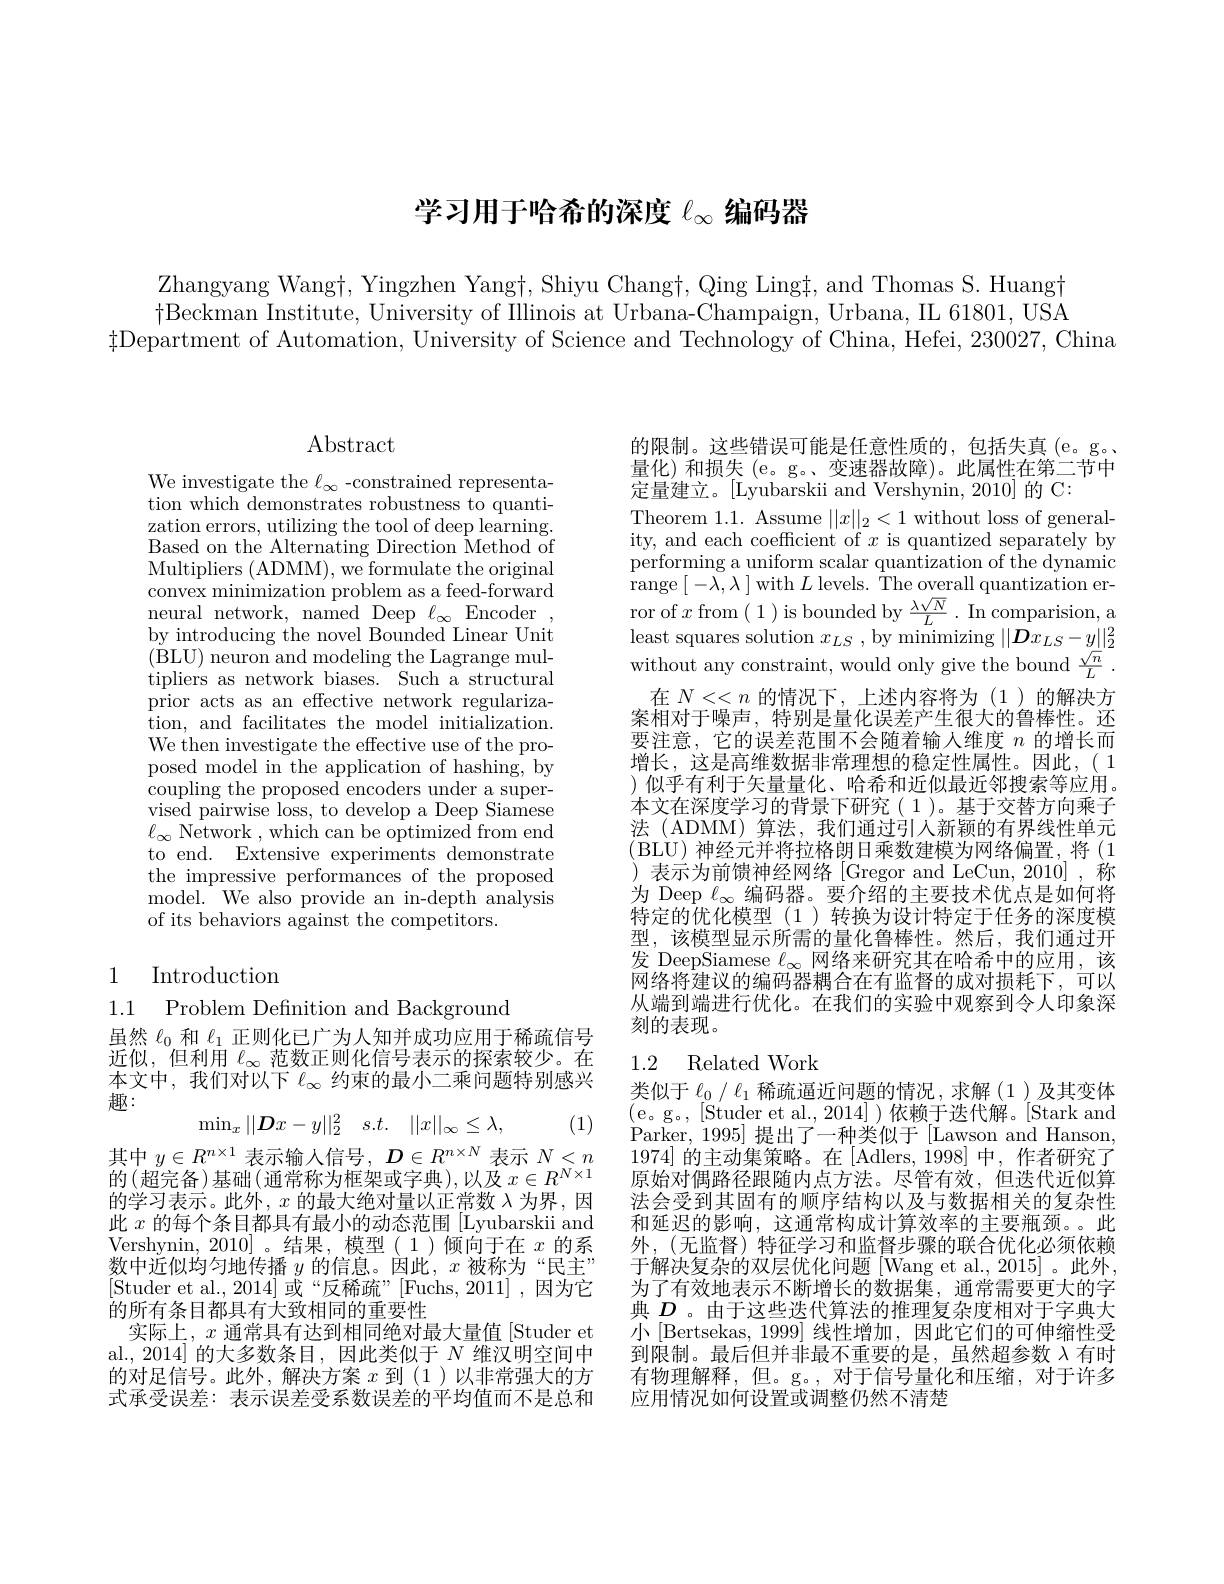
# 学习用于哈希的深度$\ell_\infty$编码器

Zhangyang Wangt, Yingzhen Yangt, Shiyu Changt, Qing Ling#, and Thomas S. Huangt $\dagger$Beckman Institute, University of Illinois at Urbana-Champaign, Urbana, IIL 61801, USA
$\sharp$Department of Automation, University of Science and Technology of China, Hefei, 230027, China

$\operatorname{Abstract}$

We investigate the $\ell_\infty$-constrained representation which demonstrates robustness to quantization errors, utilizing the tool of deep learning. Based on the Alternating Direction $\hat{\mathrmMethod of}$ Multipliers ( ADMM) , we formulate the original convex minimization problem as a feed-forward neural network, named Deep $\ell_{\infty}$ Encoder by introducing the novel Bounded Linear Unit (BLU) neuron and modeling the Lagrange multipliers as network biases. Such a structural prior acts as an effective network regularization, and facilitates the model initialization We then investigate the effective use of the proposed model in the application of hashing, by coupling the proposed encoders under a supervised pairwise loss, to develop a Deep Siamese $\ell_{\infty}$ Network , which can be optimized from end to end. Extensive experiments demonstrate the impressive performances of the proposed model. We also provide an in-depth analysis of its behaviors against the competitors.

## 1 Introduction

1.1

Problem Definition and Background

虽然$\ell_0$和$\ell_1$正则化已广为人知并成功应用于稀疏信号近似，但利用$\ell_\infty$范数正则化信号表示的探索较少。在本文中，我们对以下$\ell_\infty$约束的最小二乘问题特别感兴趣：
$$\min_x||\boldsymbol{D}x-y||_2^2\quad s.t.\quad||x||_\infty\leq\lambda,$$
(1)

其中$y\in R^{n\times1}$表示输入信号，$D\in R^{n\times N}$表示$N<n$ 共 计 算 $y\subset 1$,权 小 物 人 口 子 $, \boldsymbol{D}\subset n$ 的 $( 超 完 备 ) 基 础 ( 通 常 称 为 框 架 或 字 典 ) , 以 及 x\in R^{N\times 1}$ 的 (超 完 备 )基 础 (通 常 称 为 框 架 或 字 典 ),以 及 $x\in R^{N\times 1}$ 的学习表示。此外，$x$的最大绝对量以正常数$\lambda$为界，因此$x$的每个条目都具有最小的动态范围[Lyubarskii and Vershynin, 2010]。结果，模型(1)倾向于在$x$的系数中近似均匀地传播$y$的信息。因此，$x$被称为“民主” [Studer et al., 2014] 或“反稀疏”[Fuchs, 2011] ,因为它的所有条目都具有大致相同的重要性
实际上，$x$通常具有达到相同绝对最大量值[Studer et al.,2014]的大多数条目，因此类似于$N$维汉明空间中的对足信号。此外，解决方案$x$到(1)以非常强大的方式承受误差：表示误差受系数误差的平均值而不是总和

的限制。这些错误可能是任意性质的，包括失真(e。go. 量化)和损失(e。g。、变速器故障)。此属性在第二节中定量建立。$\left|\text{Lyubarskii and Vershynin,2010}\right|$的 C:
Theorem 1.1. Assume $\|x\|_2<1$ without loss of generality, and each coefficient of $x$ is quantized separately by performing a uniform scalar quantization of the dynamic range $[-\lambda,\lambda]$ with $L$ levels. The overall quantization error of $x$ from (1)is bounded by $\frac{\lambda\sqrt{N}}L.$ In comparision, a least squares solution $x_LS$, by minimizing $||\boldsymbol{D}x_LS-y||_2^2$ without any constraint, would only give the bound $\frac{\sqrt{n}}L.$
在$N<<n$的情况下，上述内容将为(1)的解决方案相对于噪声，特别是量化误差产生很大的鲁棒性。还要注意，它的误差范围不会随着输人维度$n$的增长而增长，这是高维数据非常理想的稳定性属性。因此，(1 )似乎有利于矢量量化、哈希和近似最近邻搜索等应用。本文在深度学习的背景下研究(1)。基于交替方向乘子法 (ADMM) 算法，我们通过引人新颖的有界线性单元(BLU)神经元并将拉格朗日乘数建模为网络偏置，将(1)
表示为前馈神经网络 [Gregor and LeCun, 2010] , 称为 Deep $\ell_\infty$编码器。要介绍的主要技术优点是如何将特定的优化模型(1)转换为设计特定于任务的深度模型，该模型显示所需的量化鲁棒性。然后，我们通过开发 DeepSiamese $\ell_\infty$网络来研究其在哈希中的应用，该网络将建议的编码器耦合在有监督的成对损耗下，可以从端到端进行优化。在我们的实验中观察到令人印象深刻的表现。

### 1.2 Related Work

类似于$\ell_0/\ell_1$稀疏逼近问题的情况，求解(1)及其变体(e。g。[Studer et al.,2014])依赖于迭代解。[Stark and Parker, 1995] 提出了一种类似于[Lawson and Hanson 1974]的主动集策略。在 [Adlers, 1998] 中，作者研究了原始对偶路径跟随内点方法。尽管有效，但迭代近似算法会受到其固有的顺序结构以及与数据相关的复杂性和延迟的影响，这通常构成计算效率的主要瓶颈。此外，(无监督) 特征学习和监督步骤的联合优化必须依赖于解决复杂的双层优化问题[Wang et al., 2015]。此外， 为了有效地表示不断增长的数据集，通常需要更大的字典$D$ 。由于这些迭代算法的推理复杂度相对于字典大小$\left|\mathrm{Bertsekas,~1999}\right|$线性增加，因此它们的可伸缩性受到限制。最后但并非最不重要的是，虽然超参数$\lambda$有时有物理解释，但。g。,对于信号量化和压缩，对于许多应用情况如何设置或调整仍然不清楚